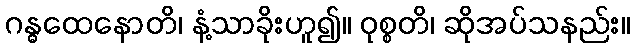
ဂန္ဓထေနောတိ၊ နံ့သာခိုးဟူ၍။ ဝုစ္စတိ၊ ဆိုအပ်သနည်း။